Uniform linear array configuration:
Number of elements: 8
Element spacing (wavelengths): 0.75
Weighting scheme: exponential
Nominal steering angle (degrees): -15
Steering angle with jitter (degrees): -16.427
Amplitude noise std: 0.05
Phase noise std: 0.05

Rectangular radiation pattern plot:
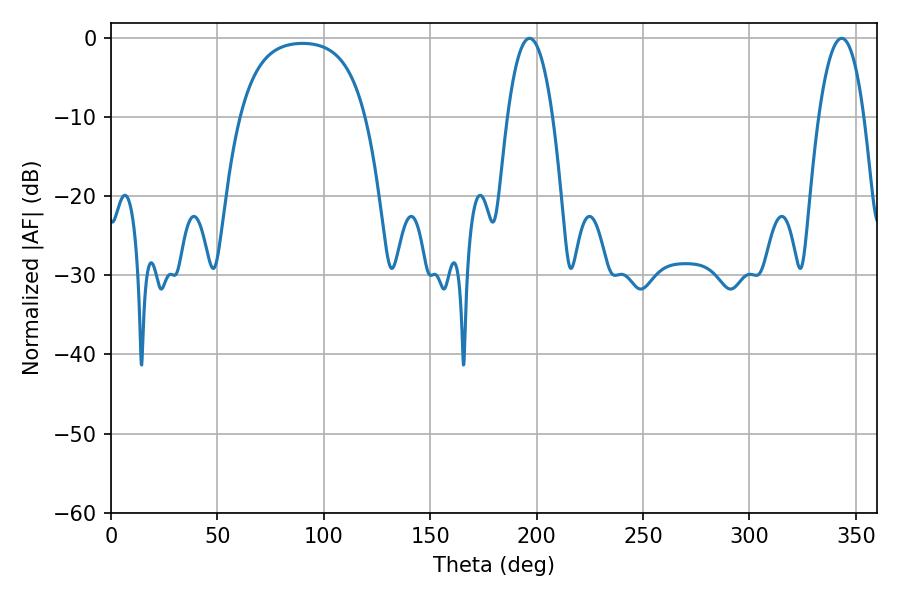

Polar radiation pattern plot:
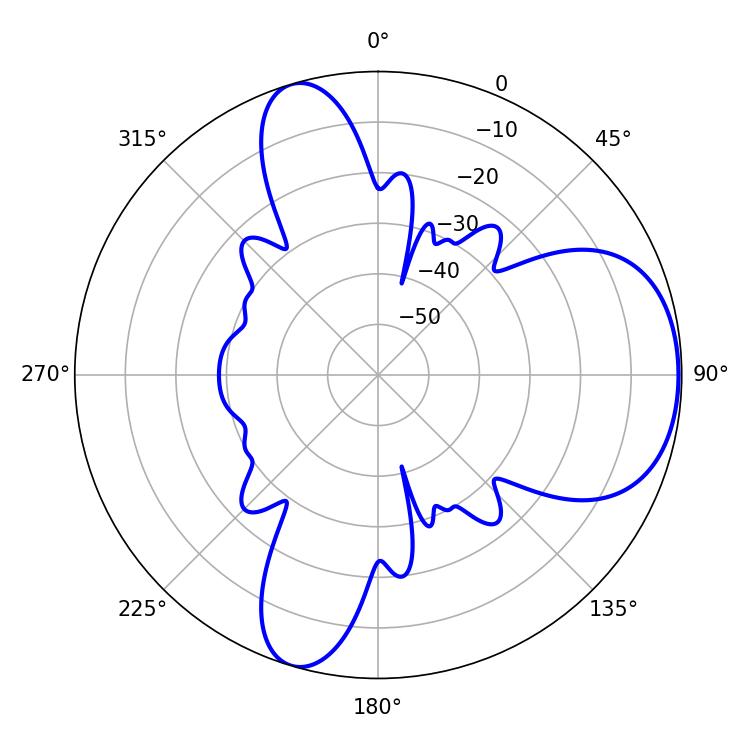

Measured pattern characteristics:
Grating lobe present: TRUE
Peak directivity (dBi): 6.374
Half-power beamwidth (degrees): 11.88
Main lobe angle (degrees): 196.74